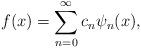
LaTeX: \begin{align*}f(x)=\sum_{n=0}^{\infty}c_n \psi_n(x),\end{align*}